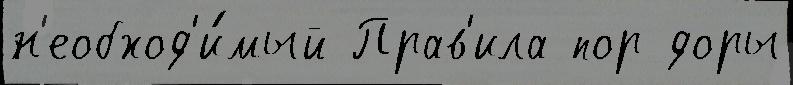
н'еобход'и́мый Прав'ила пор доры